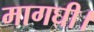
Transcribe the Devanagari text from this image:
मागघी।